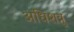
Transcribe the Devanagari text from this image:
अधिशत्रु